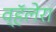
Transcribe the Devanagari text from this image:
व्हॅलेरा